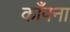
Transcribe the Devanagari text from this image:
काँपना